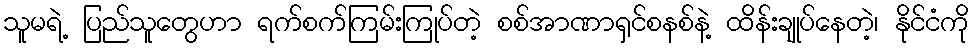
သူမရဲ့ ပြည်သူတွေဟာ ရက်စက်ကြမ်းကြုပ်တဲ့ စစ်အာဏာရှင်စနစ်နဲ့ ထိန်းချုပ်နေတဲ့၊ နိုင်ငံကို